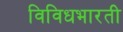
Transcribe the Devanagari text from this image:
विविधभारती